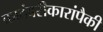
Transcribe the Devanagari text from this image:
कादंबरीकारांपैकी